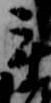
手